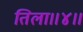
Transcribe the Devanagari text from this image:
तिला।।४।।